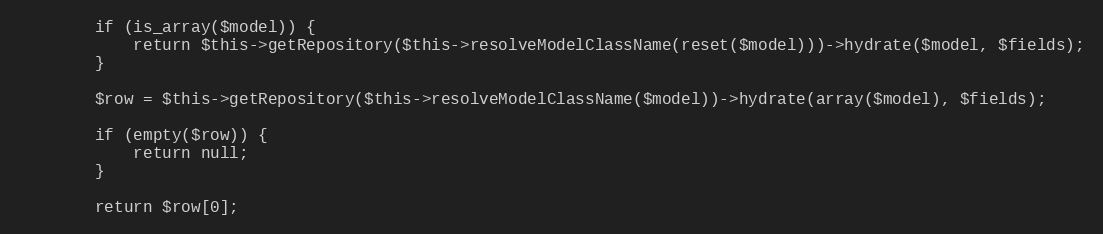
Language: PHP
        if (is_array($model)) {
            return $this->getRepository($this->resolveModelClassName(reset($model)))->hydrate($model, $fields);
        }

        $row = $this->getRepository($this->resolveModelClassName($model))->hydrate(array($model), $fields);

        if (empty($row)) {
            return null;
        }

        return $row[0];